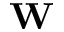
{ \bf W }